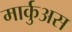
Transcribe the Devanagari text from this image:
मार्कुअस